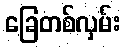
ခြေတစ်လှမ်း